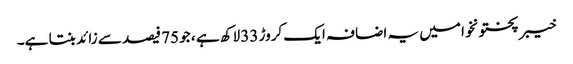
خیبر پختونخوا میں یہ اضافہ ایک کروڑ 33 لاکھ ہے ، جو 75 فیصد سے زائد بنتا ہے۔